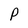
Character: p